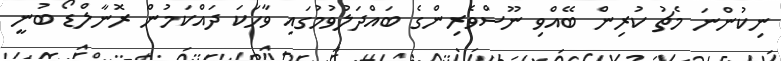
ނިކުންނަ މެޗު ކުރިން ބޭއްވި ނޫސްވެރިންގެ ބައްދަލުވުމުގައި ވާހަކަ ދައްކަމުން ރޮނާލްޑޯ ބުނީ